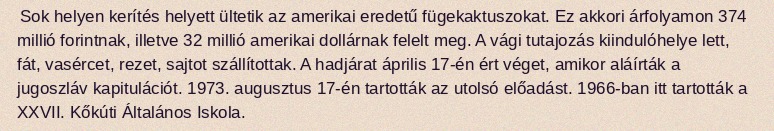
Sok helyen kerítés helyett ültetik az amerikai eredetű fügekaktuszokat. Ez akkori árfolyamon 374 millió forintnak, illetve 32 millió amerikai dollárnak felelt meg. A vági tutajozás kiindulóhelye lett, fát, vasércet, rezet, sajtot szállítottak. A hadjárat április 17-én ért véget, amikor aláírták a jugoszláv kapitulációt. 1973. augusztus 17-én tartották az utolsó előadást. 1966-ban itt tartották a XXVII. Kőkúti Általános Iskola.